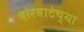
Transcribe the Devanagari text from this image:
दोरवाटेच्या